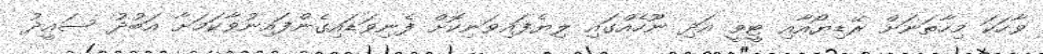
ވާހަކަ މިހާތަނަށް ރޭޑިޔޯއާއި ޓީވީ އަދި ނޫހެއްގައި ލިޔެފައިވަނިކޮށް ފެނިވަޑައިގެންފައިނުވާކަމަށާ އަބުދު ސައީދު